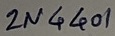
Text: 2N4401